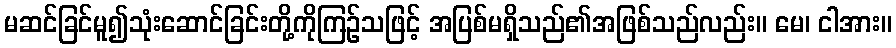
မဆင်ခြင်မူ၍သုံးဆောင်ခြင်းတို့ကိုကြဉ်သဖြင့် အပြစ်မရှိသည်၏အဖြစ်သည်လည်း။ မေ၊ ငါအား။